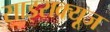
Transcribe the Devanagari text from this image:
साइराक्यूज